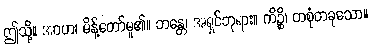
ဤသို့။ အာဟ၊ မိန့်တော်မူ၏။ ဘန္တေ၊ အရှင်ဘုရား။ ကိဉ္စိ၊ တစုံတခုသော။